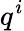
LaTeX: q^{i}